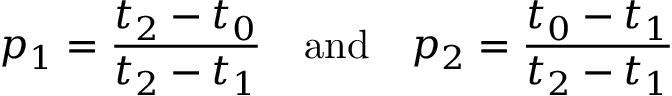
p _ { 1 } = \frac { t _ { 2 } - t _ { 0 } } { t _ { 2 } - t _ { 1 } } \ \ \ \mathrm { a n d } \ \ \ p _ { 2 } = \frac { t _ { 0 } - t _ { 1 } } { t _ { 2 } - t _ { 1 } }